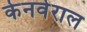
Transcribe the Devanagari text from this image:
केनवेराल